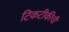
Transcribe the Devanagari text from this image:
टिकटीकीची